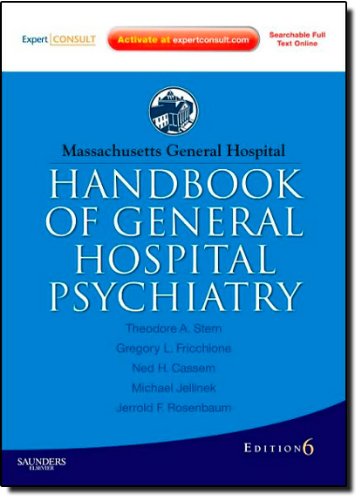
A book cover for Massachusetts General Hospital Handbook of General Hospital Psychiatry: Expert Consult - Online and Print, 6e (Expert Consult Title: Online + Print); Theodore A. Stern MD; Medical Books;